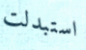
استبدلت